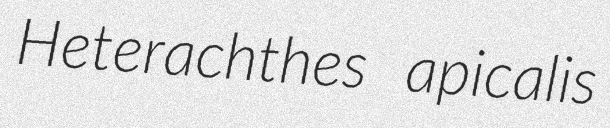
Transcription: Heterachthes apicalis